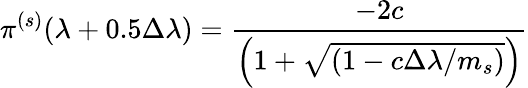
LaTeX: \pi^{(s)}(\lambda+0.5\Delta\lambda)=\frac{-2c}{\left(1+\sqrt{(1-c\Delta\lambda/m_{s})}\right)}